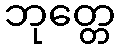
ဘုတ္တေ